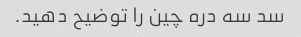
سد سه دره چین را توضیح دهید.